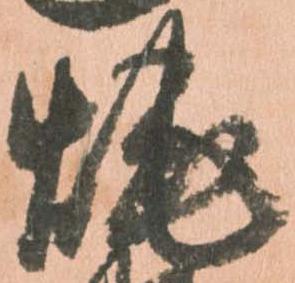
焼